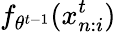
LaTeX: f_{\theta^{t-1}}(x_{n:i}^{t})